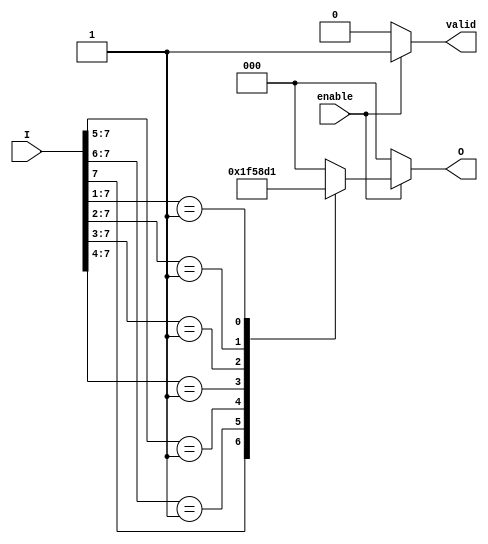
module encoder_8_to_3 (
    input wire [7:0] I,      // 8 input lines
    input wire enable,       // Enable signal
    output reg [2:0] O,      // 3 output lines
    output reg valid         // Valid output signal
);

// Always block to implement the encoder functionality
always @(*) begin
    if (!enable) begin
        O = 3'b000;          // If not enabled, output is 000
        valid = 1'b0;       // Indicate invalid output
    end else begin
        valid = 1'b1;        // Indicate valid output
        casez (I)            // Use casez to handle don't care conditions
            8'b1??????? : O = 3'b111; // I7 active
            8'b01?????? : O = 3'b110; // I6 active
            8'b001????? : O = 3'b101; // I5 active
            8'b0001???? : O = 3'b100; // I4 active
            8'b00001??? : O = 3'b011; // I3 active
            8'b000001?? : O = 3'b010; // I2 active
            8'b0000001? : O = 3'b001; // I1 active
            8'b00000001 : O = 3'b000; // I0 active
            default: O = 3'b000; // No inputs active
        endcase
    end
end

endmodule